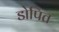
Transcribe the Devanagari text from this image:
डोपित